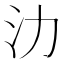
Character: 氻